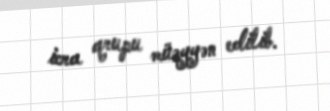
icra qrupu müəyyən edilib.